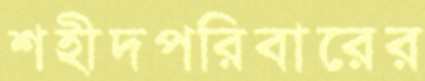
শহীদপরিবারের